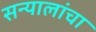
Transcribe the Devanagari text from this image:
सन्यालांचा